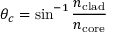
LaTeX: \theta _ { c } = \sin ^ { - 1 } { \frac { n _ { \mathrm { c l a d } } } { n _ { \mathrm { c o r e } } } }